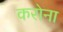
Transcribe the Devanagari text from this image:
करोना